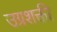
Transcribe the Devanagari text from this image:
उग्रशक्ती